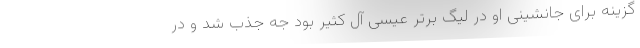
گزینه برای جانشینی او در لیگ برتر عیسی آل کثیر بود جه جذب شد و در